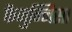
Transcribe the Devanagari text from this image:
फैजुन्निसा